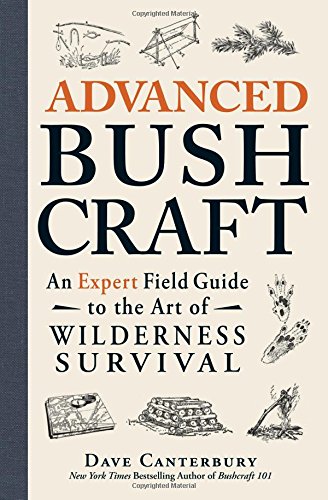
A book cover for Advanced Bushcraft: An Expert Field Guide to the Art of Wilderness Survival; Dave Canterbury; Reference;